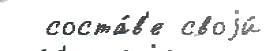
  соста́в'е своjи́